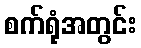
စက်ရုံအတွင်း